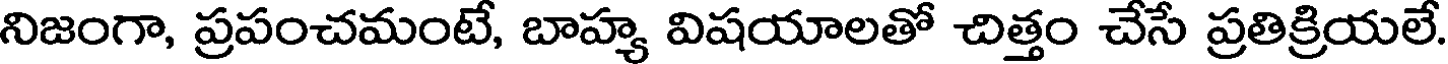
నిజంగా, ప్రపంచమంటే, బాహ్య విషయాలతో చిత్తం చేసే ప్రతిక్రియలే